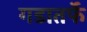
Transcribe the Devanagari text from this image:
गडातर्फे